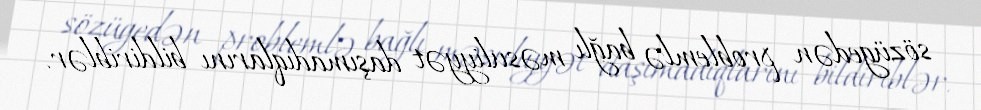
sözügedən problemlə bağlı məsuliyyət daşımadıqlarını bildiriblər.